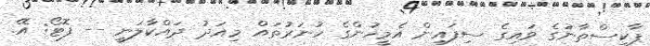
ޕާކިސްތާނުގެ ވައިގެ ސިފައިން އެމީހުންގެ ހުނަރުތައް މިއަދު ދައްކާލަނީ -- ފޮޓޯ: އޭ.